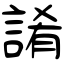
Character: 誵